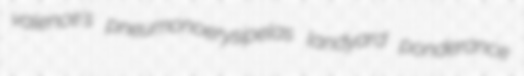
valence's pneumonoerysipelas landyard ponderance